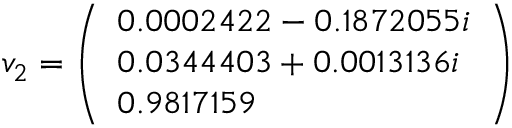
v _ { 2 } = { \left( \begin{array} { l } { 0 . 0 0 0 2 4 2 2 - 0 . 1 8 7 2 0 5 5 i } \\ { 0 . 0 3 4 4 4 0 3 + 0 . 0 0 1 3 1 3 6 i } \\ { 0 . 9 8 1 7 1 5 9 } \end{array} \right) }